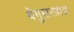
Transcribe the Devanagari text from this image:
थेंगुमाराहाडा